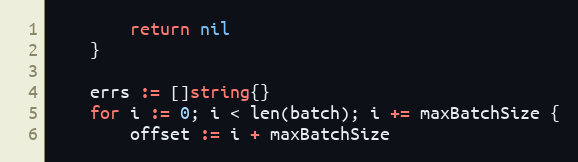
Language: Go
		return nil
	}

	errs := []string{}
	for i := 0; i < len(batch); i += maxBatchSize {
		offset := i + maxBatchSize